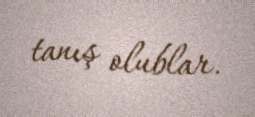
tanış olublar.